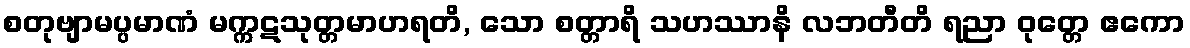
စတုဗျာမပ္ပမာဏံ မက္ကဋသုတ္တမာဟရတိ, သော စတ္တာရိ သဟဿာနိ လဘတီတိ ရညာ ဝုတ္တေ ဧကော